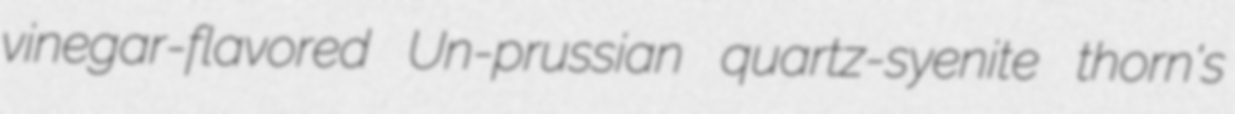
vinegar-flavored Un-prussian quartz-syenite thorn's